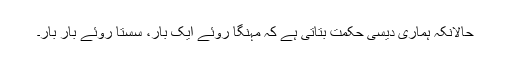
حالانکہ ہماری دیسی حکمت بتاتی ہے کہ مہنگا روئے ایک بار، سستا روئے بار بار۔